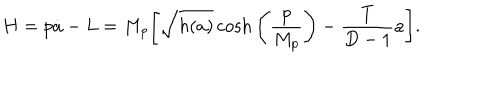
H = p \dot { a } - L = M _ { p } \Bigg [ { \sqrt { h ( a ) } } \cosh \Bigg ( { \frac { p } { M _ { p } } } \Bigg ) - { \frac { T } { D - 1 } } a \Bigg ] .